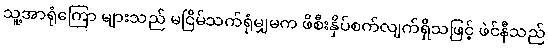
သူ့အာရုံကြော များသည် မငြိမ်သက်ရုံမျှမက ဖိစီးနှိပ်စက်လျက်ရှိသဖြင့် ဖဲင်နီသည်